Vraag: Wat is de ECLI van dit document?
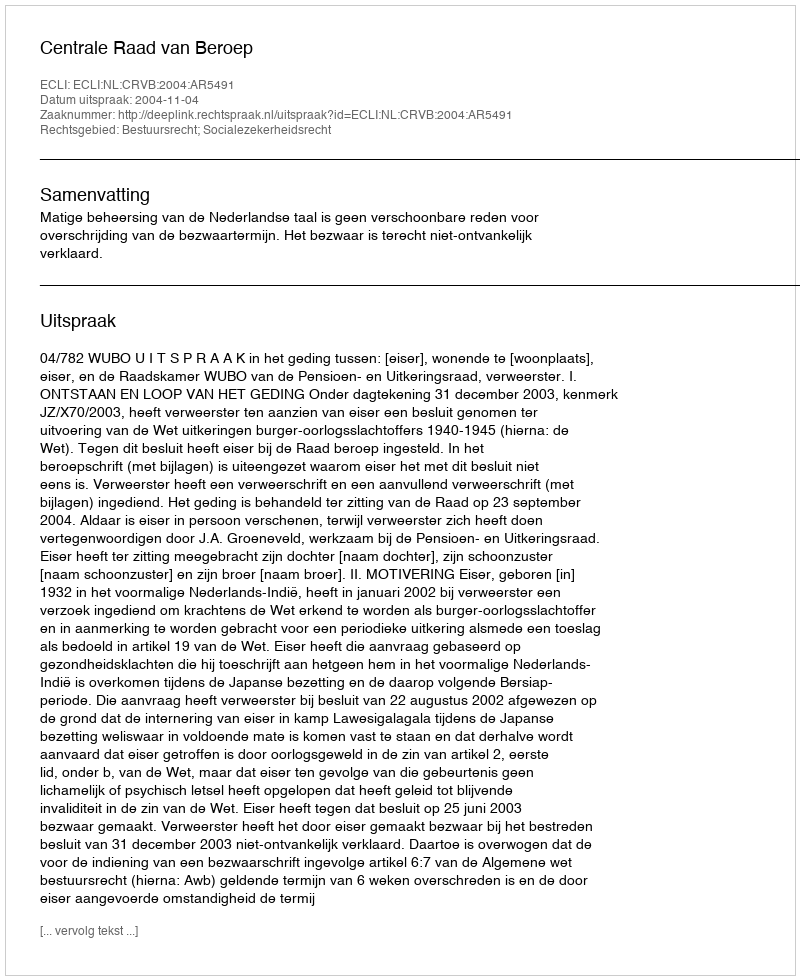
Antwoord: ECLI:NL:CRVB:2004:AR5491